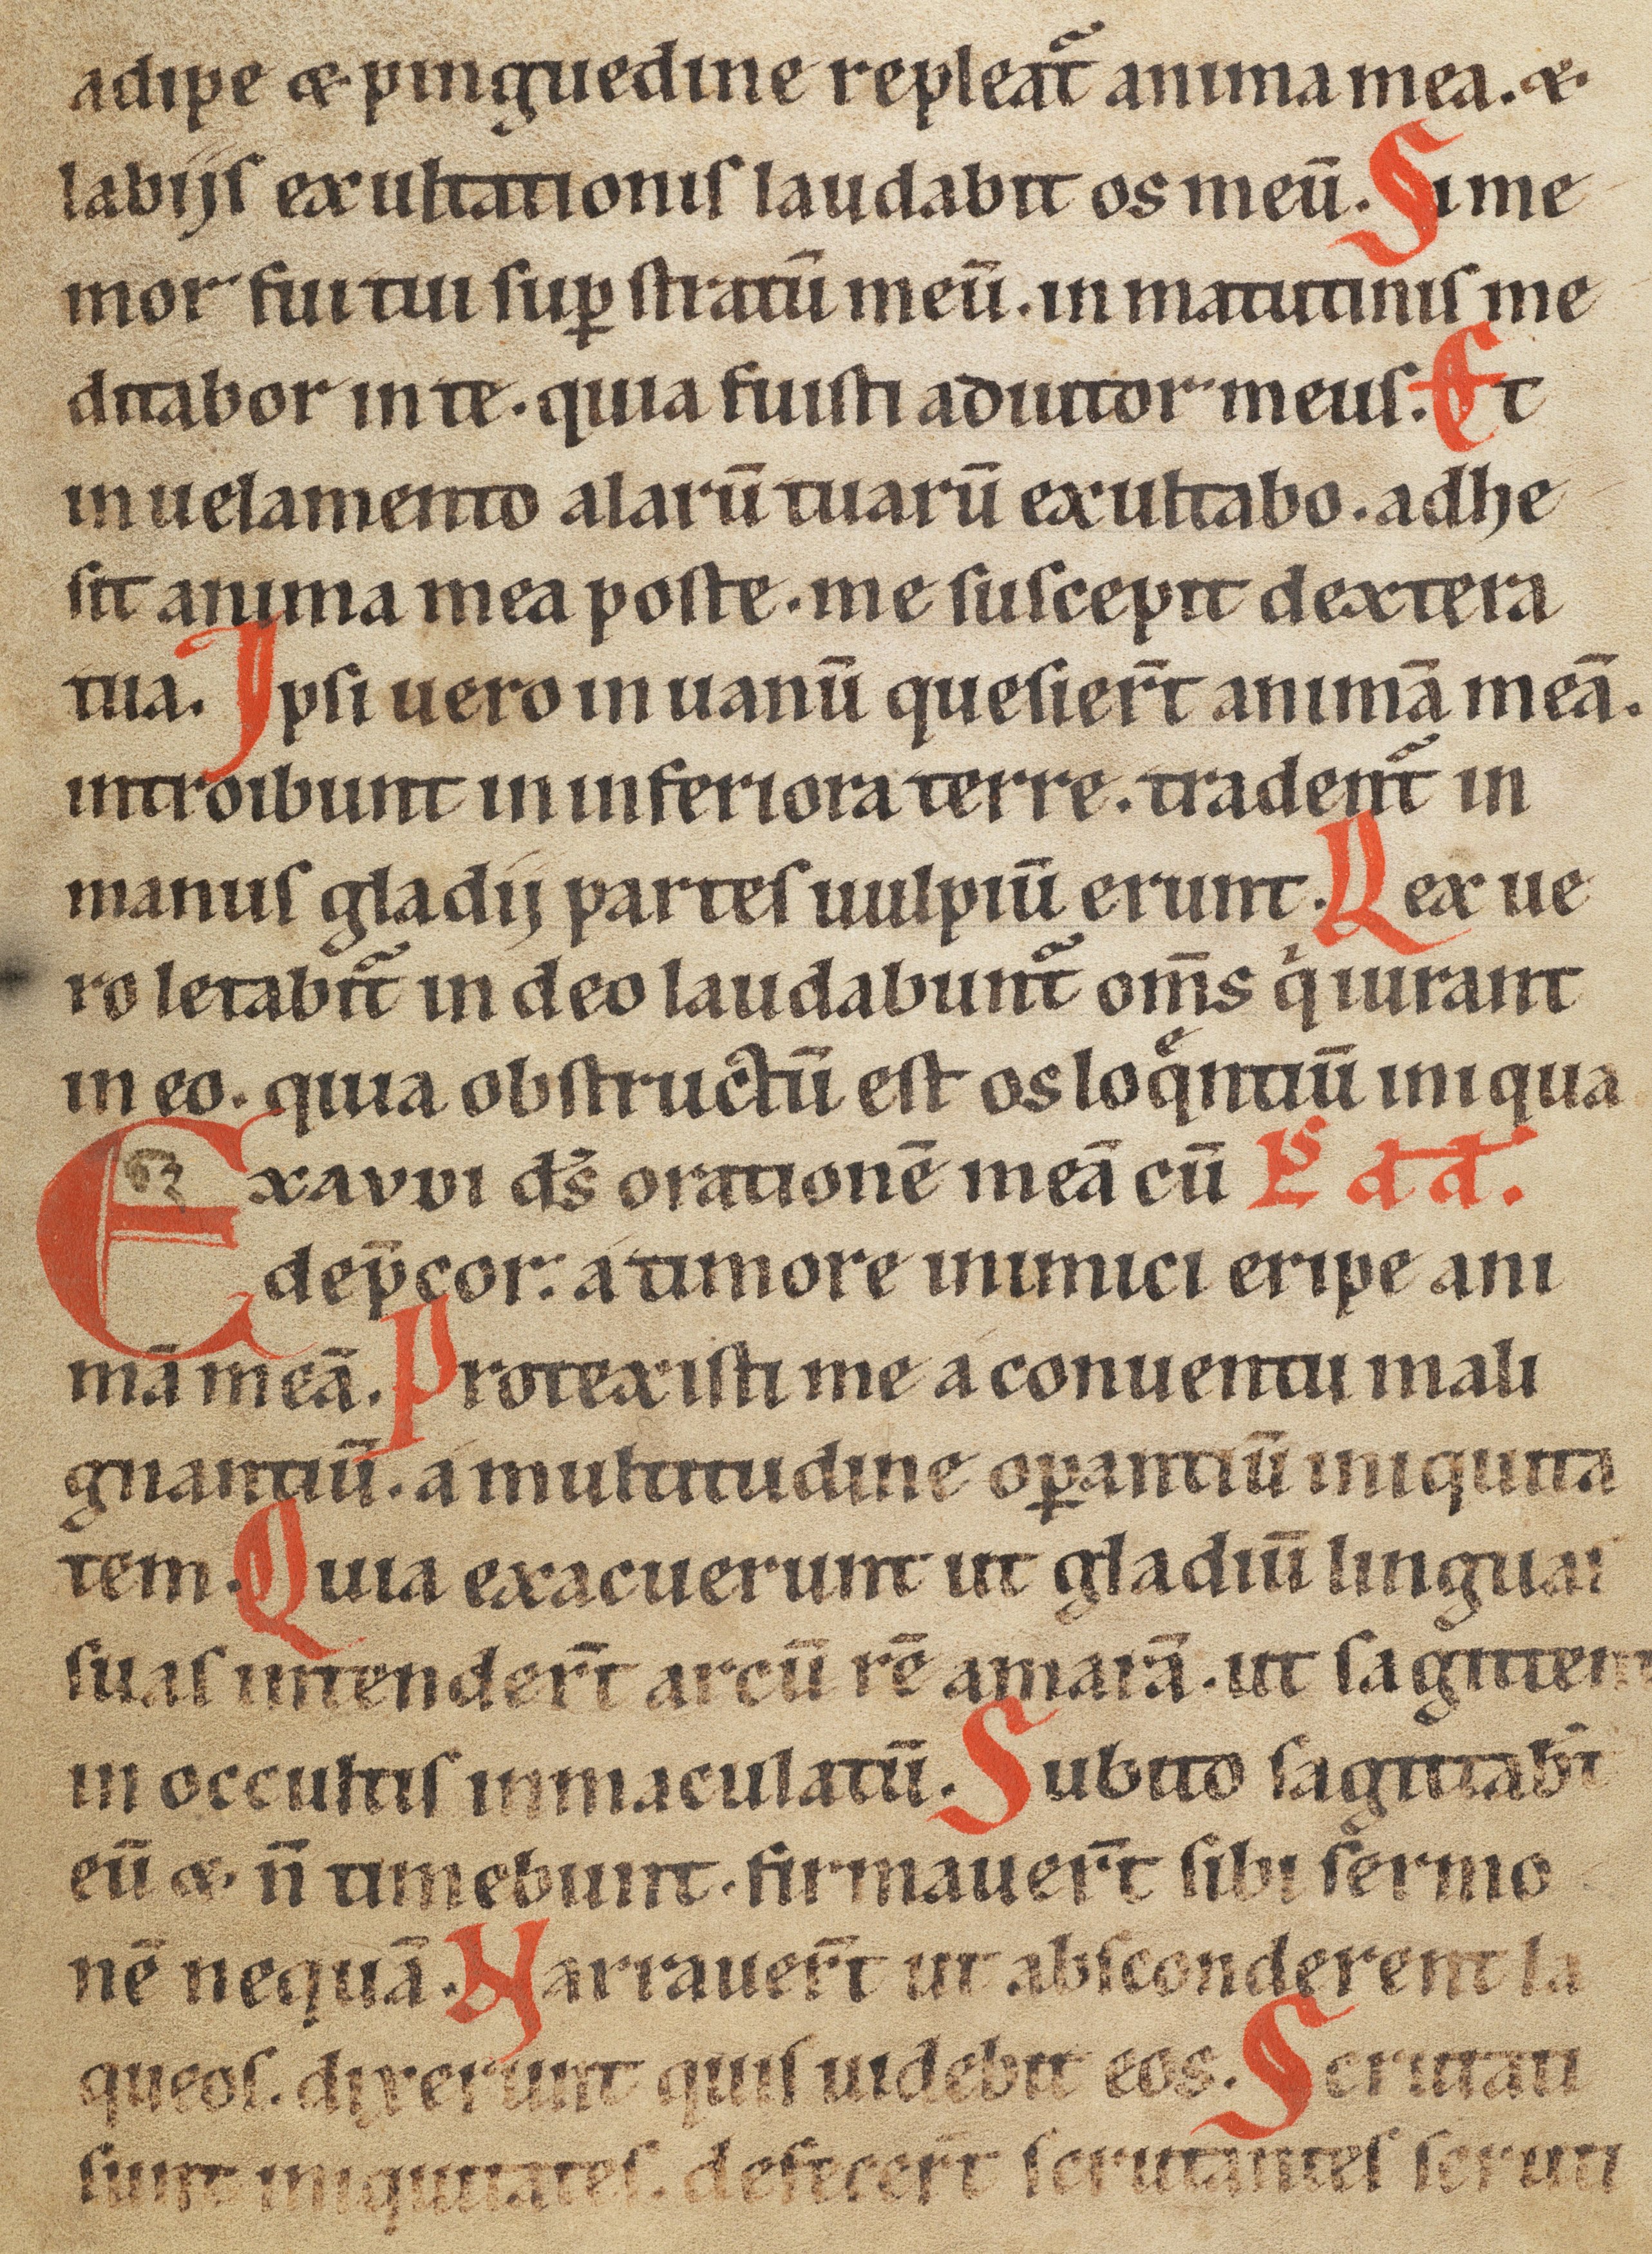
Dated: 1185–1249